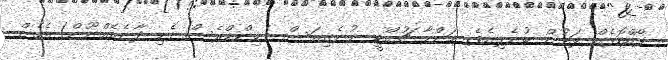
ފޯއްކޮޅެއް ލަމުން ބުނެލިއެވެ. މަންމާ ޗުއްޓީ ނުނެގިއަސް ވެޑިންޑްރެސް ފެހި ދާނެއެއްނޫން! އެހެން